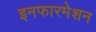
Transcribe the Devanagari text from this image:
इनफारमेशन